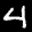
Label: 4